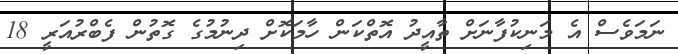
ނަމަވެސް އެ މަނިކުފާނަށް ތާއީދު އޮތްކަން ހާމަކޮށް ދިނުމުގެ ގޮތުން ފެބްރުއަރީ 18